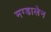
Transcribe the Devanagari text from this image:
मग्डालेन